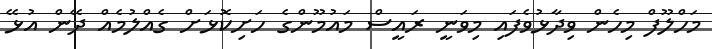
މަހްލޫފް މިހެން ވިދާޅުވެފައި މިވަނީ ރައީސް މައުމޫންގެ ހަށިކޮޅަށް ގެއްލުމެއް ދޭން އުޅޭ